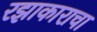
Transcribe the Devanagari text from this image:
रझाकाराचा